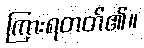
ကြားရတတ်၏။